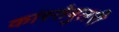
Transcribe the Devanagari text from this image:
कांस्तेबुलरी